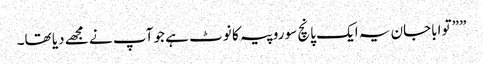
” ”تو اباجان یہ ایک پانچ سو روپیہ کا نوٹ ہے جو آپ نے مجھے دیا تھا۔